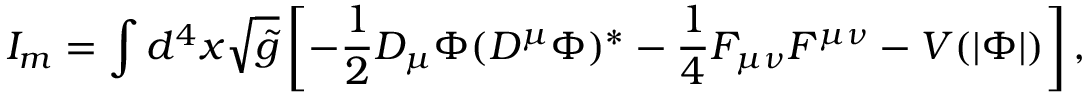
I _ { m } = \int d ^ { 4 } x \sqrt { { \tilde { g } } } \left[ - \frac { 1 } { 2 } D _ { \mu } \Phi ( D ^ { \mu } \Phi ) ^ { * } - \frac { 1 } { 4 } F _ { \mu \nu } F ^ { \mu \nu } - V ( | \Phi | ) \right] ,